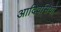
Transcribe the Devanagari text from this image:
आदिवसियो